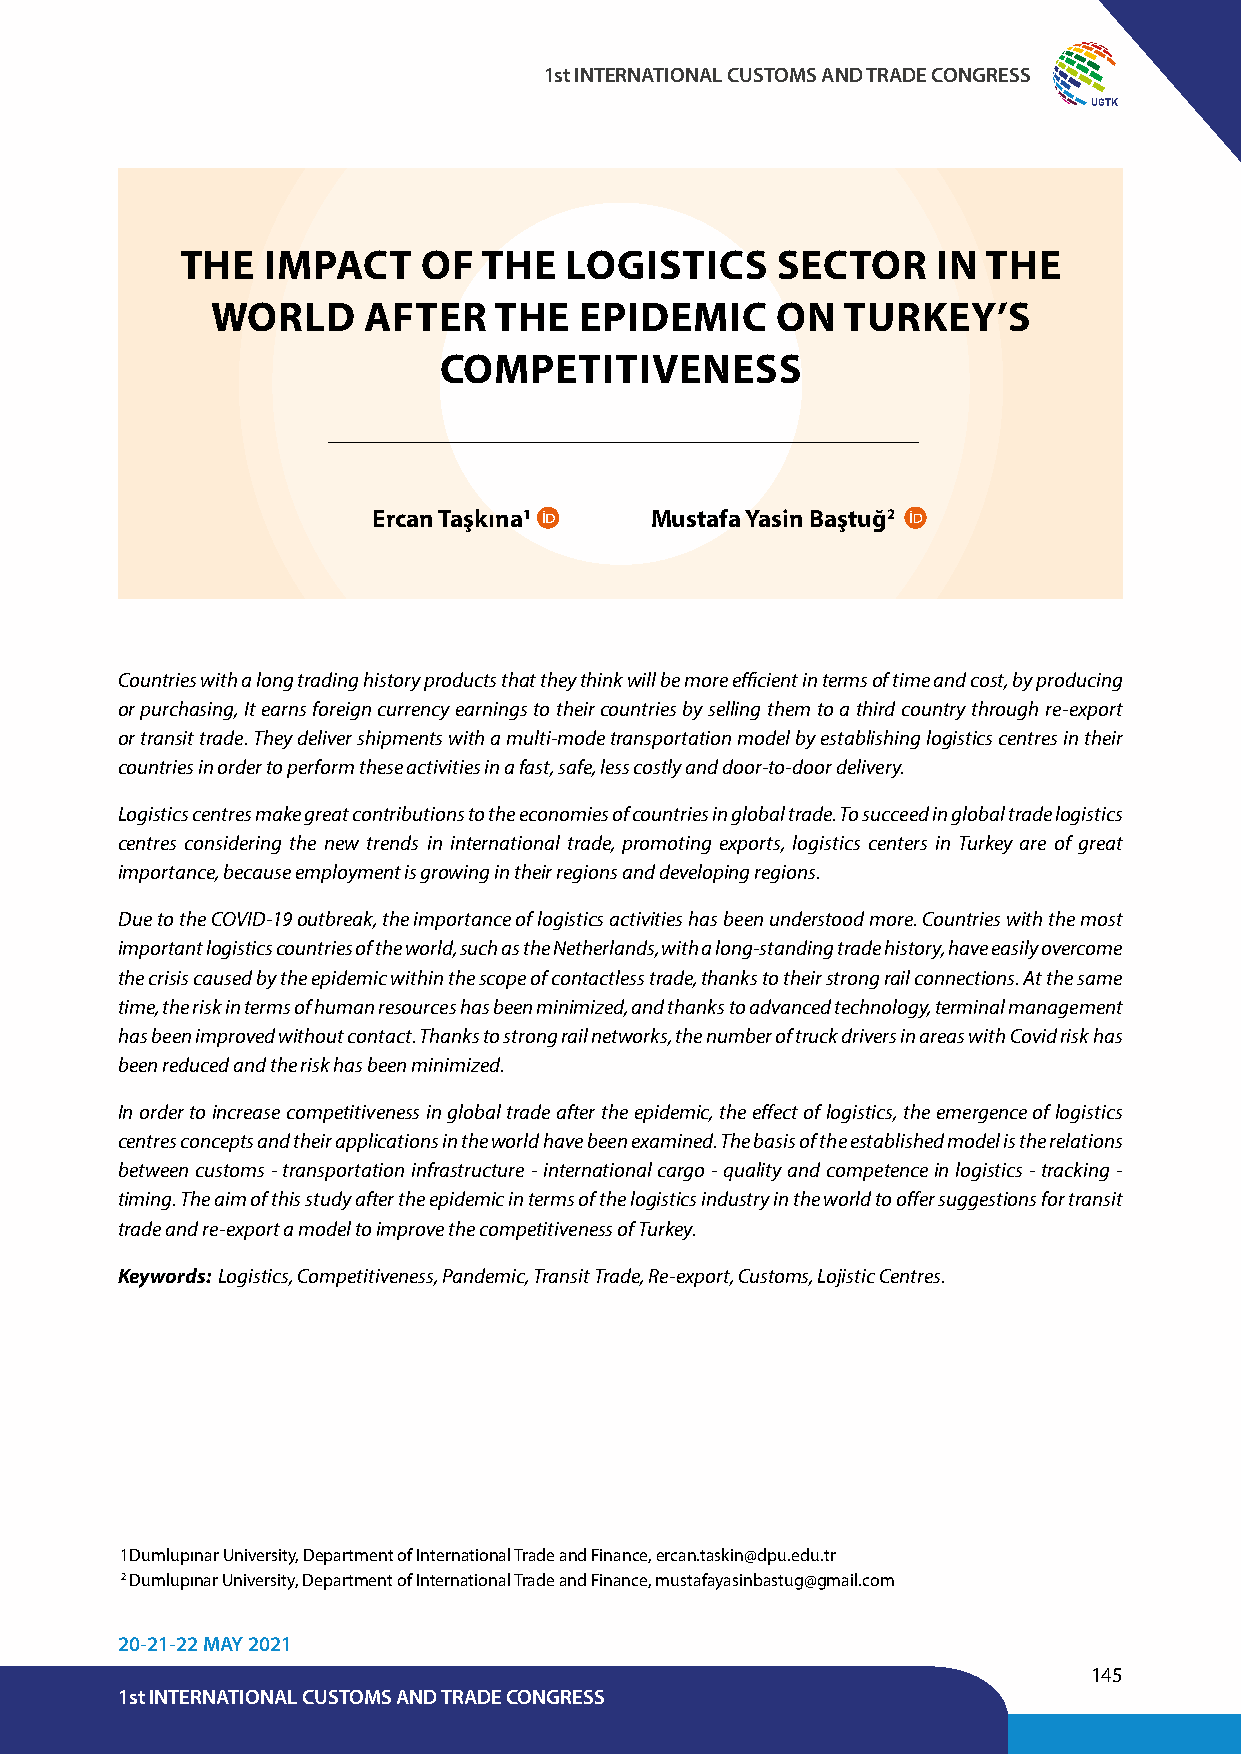
1st INTERNATIONAL CUSTOMS AND TRADE CONGRESS
 UGTK
 THE  IMPACT     OF  THE  LOGISTICS     SECTOR     IN THE
 WORLD     AFTER    THE  EPIDEMIC     ON   TURKEY’S
 COMPETITIVENESS
 Ercan Taşkına1    Mustafa Yasin Baştuğ2
 Countries with a long trading history products that they think will be more efficient in terms of time and cost, by producing
 or purchasing, It earns foreign currency earnings to their countries by selling them to a third country through re-export
 or transit trade. They deliver shipments with a multi-mode transportation model by establishing logistics centres in their
 countries in order to perform these activities in a fast, safe, less costly and door-to-door delivery.
 Logistics centres make great contributions to the economies of countries in global trade. To succeed in global trade logistics
 centres considering the new trends in international trade, promoting exports, logistics centers in Turkey are of great
 importance, because employment is growing in their regions and developing regions.
 Due to the COVID-19 outbreak, the importance of logistics activities has been understood more. Countries with the most
 important logistics countries of the world, such as the Netherlands, with a long-standing trade history, have easily overcome
 the crisis caused by the epidemic within the scope of contactless trade, thanks to their strong rail connections. At the same
 time, the risk in terms of human resources has been minimized, and thanks to advanced technology, terminal management
 has been improved without contact. Thanks to strong rail networks, the number of truck drivers in areas with Covid risk has
 been reduced and the risk has been minimized.
 In order to increase competitiveness in global trade after the epidemic, the effect of logistics, the emergence of logistics
 centres concepts and their applications in the world have been examined. The basis of the established model is the relations
 between customs - transportation infrastructure - international cargo - quality and competence in logistics - tracking -
 timing. The aim of this study after the epidemic in terms of the logistics industry in the world to offer suggestions for transit
 trade and re-export a model to improve the competitiveness of Turkey.
 Keywords: Logistics, Competitiveness, Pandemic, Transit Trade, Re-export, Customs, Lojistic Centres.
 1 Dumlupınar University, Department of International Trade and Finance, ercan.taskin@dpu.edu.tr
 2 Dumlupınar University, Department of International Trade and Finance, mustafayasinbastug@gmail.com
 20-21-22 MAY 2021
 145
 1st INTERNATIONAL CUSTOMS AND TRADE CONGRESS